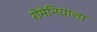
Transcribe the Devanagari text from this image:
रोमेनियाला